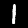
Digit: 1